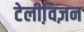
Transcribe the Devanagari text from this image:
टेलीवि़ज़न